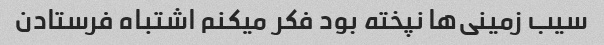
سیب زمینی‌ها نپخته بود فکر میکنم اشتباه فرستادن